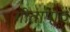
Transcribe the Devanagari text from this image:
गीतापाठ